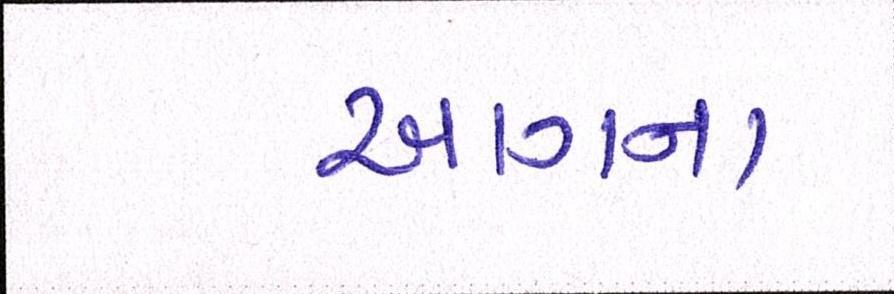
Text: આગના